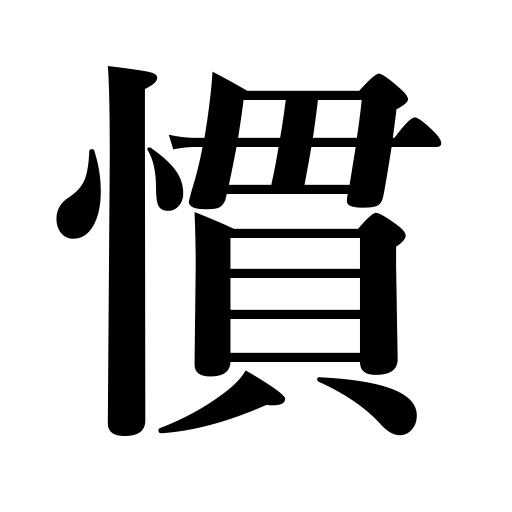
Meanings: become a habit,train,become experienced,mature,drill,habituate,charm animals,accustom to,get used to,be tamed,experience,get too familiar,exercise,tame